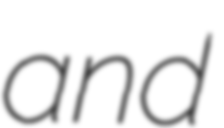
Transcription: and